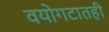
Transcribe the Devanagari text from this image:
वयोगटातही